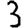
Digit: 3